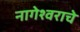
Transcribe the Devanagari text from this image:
नागेेश्वराचे